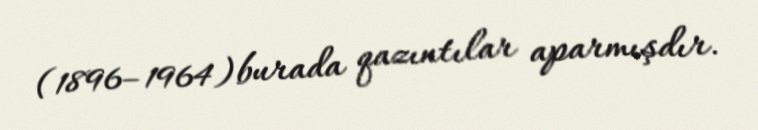
(1896–1964)burada qazıntılar aparmışdır.